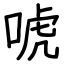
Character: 唬